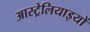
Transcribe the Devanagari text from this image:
आस्ट्रेलियाइयों